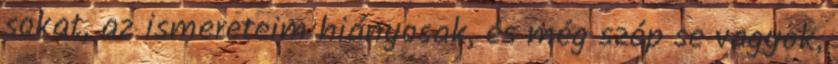
sokat, az ismereteim hiányosak, és még szép se vagyok,